Plague in India, 1896, 1897 - Volume 3
Year: 1896
Disease focus: Plague
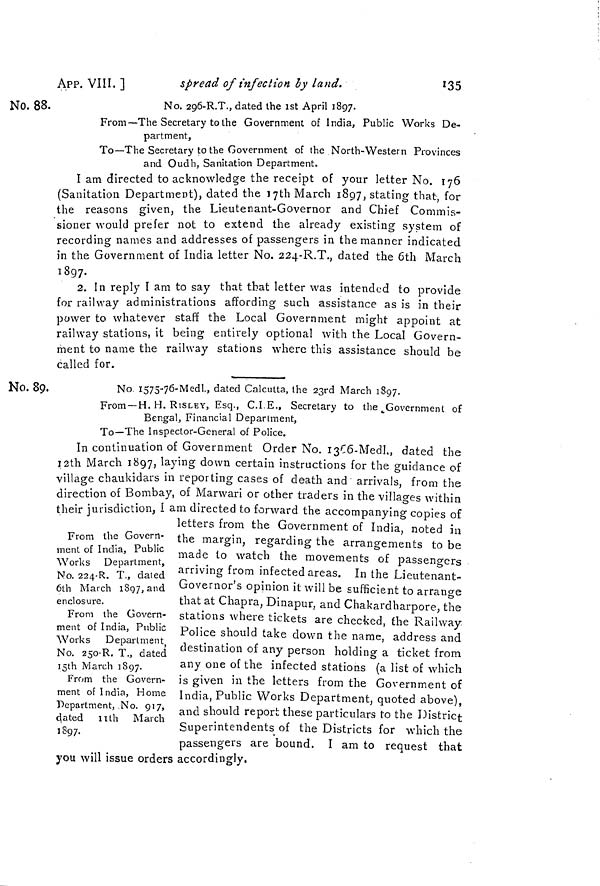
APP. VIH. ]
spread of infection by land.
135
No. 88.
No. 29Ö-R.T., dated the ist April 1897.
From—The Secretary to the Government of India, Public Works De-
partment,
To—The Secretary to the Government of the North-Western Provinces
and Oudh. Sanitation Department.
I am directed to acknowledge the receipt of your letter No. 176
(Sanitation Department), dated the lyth March 1897, stating that, for
the reasons given, the Lieutenant-Governor and Chief Commis-
sioner would prefer not to extend the already existing system of
recording names and addresses of passengers in the manner indicated
in the Government of India letter No. 224-R.T., dated the 6th March
1897.
2. In reply I am to say that that letter was intended to provide
for railway administrations affording such assistance as is in their
power to whatever staff the Local Government might appoint at
railway stations, it being- entirely optional with the Local Govern-
ment to name the railway stations where this assistance should be
called for.
No. 89.
No 1575-76-Medí., dated Calcutta, the 2ßrd March 1897.
From —H. H. RISLEY, Esq., C.I E., Secretary to the „Government of
Bengal, Financial Deparlment,
To—The Inspector-General of Police.
In continuation ot Government Order No. 13^6-Medl., dated the
12th March 1897, laying down certain instructions for the guidance of
village chaukidars in reporting cases of death and arrivals, from the
direction of Bombay, of Marwari or other traders in the villages within
their jurisdiction, Í am directed to forward the accompanying copies of
From the Govern-
ment of India, Public
Works Department,
No. 224-R. T., dated
6th March 1897, and
enclosure.
From the Govern-
ment of India, Public
Works Department
No. 250-R. T., dated
15th March 1897.
From the Govern-
ment of India, Home
Department, No. 917,
dated nth
March
1897.
letters trom the Government of India, noted in
the margin, regarding the arrangements to be
made to watch the movements of passengers
arriving from infected areas. In the Lieutenant-
Governor's opinion it will be sufficient to arrange
that at Chapra, Dinapur, and Chakardharpore, the
stations where tickets are checked, the Railway,
Police should take down the name, address and
destination of any person holding a ticket from
any one of the infected stations (a list of which
is given in the letters from the Government of
India, Public Works Department, quoted above),
and should report these particulars to the District
Superintendents of the Districts for which the
passengers are bound. I am to request that
you will issue orders accordingly.